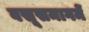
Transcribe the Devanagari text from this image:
वसूसमागमें